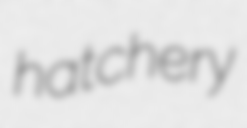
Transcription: hatchery